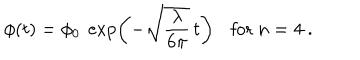
\phi ( t ) = \phi _ { 0 } \ \exp \left( - \sqrt { \frac { \lambda } { 6 \pi } } \, t \right) \ \, \ \ \mathrm { f o r } \ n = 4 \ .